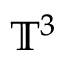
\mathbb { T } ^ { 3 }